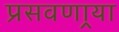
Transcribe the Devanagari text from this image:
प्रसवणार्‍या